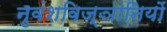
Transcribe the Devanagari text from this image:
नृवंशविज्ञानियों